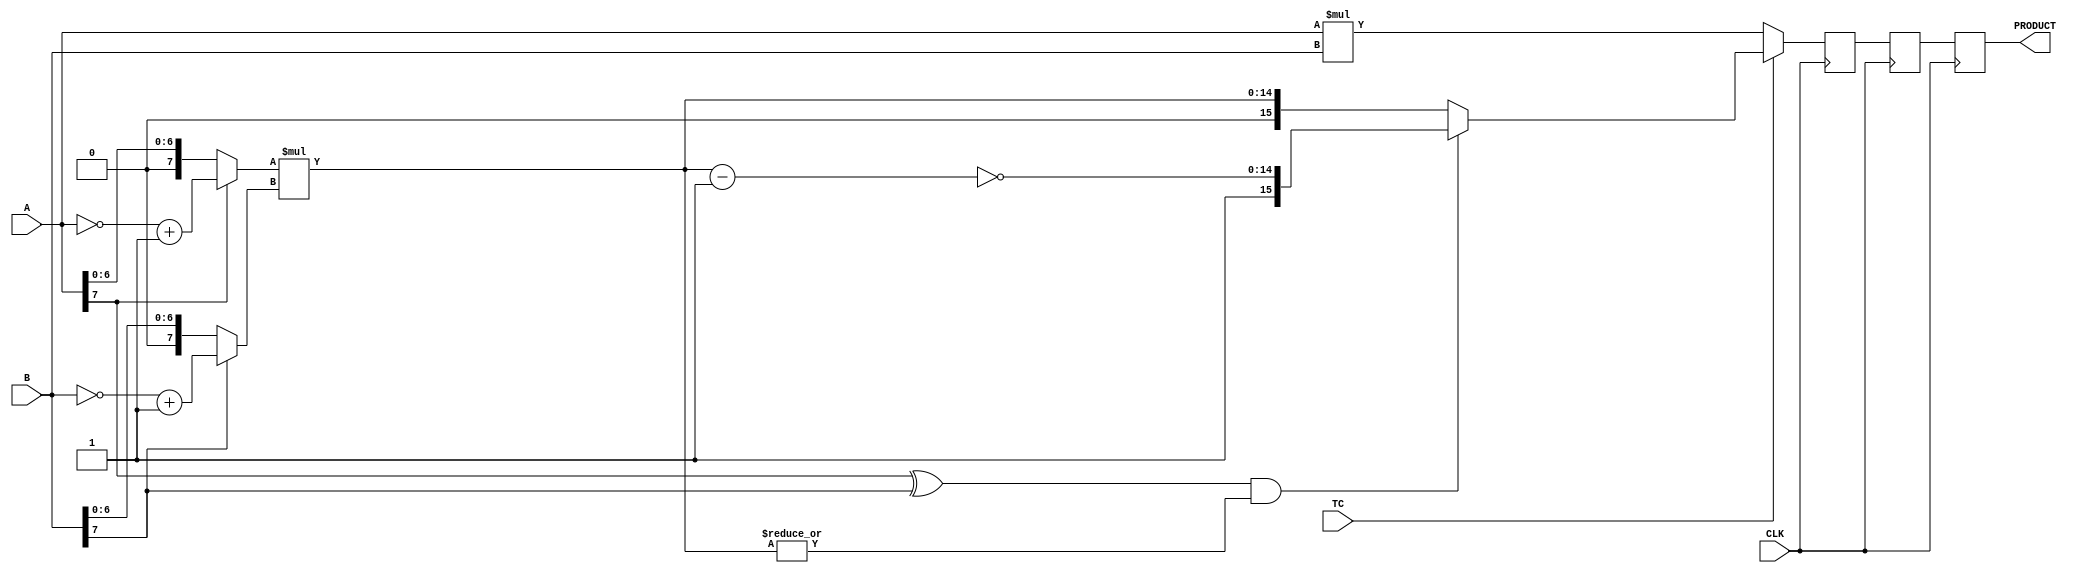
////////////////////////////////////////////////////////////////////////////////
//
//       This confidential and proprietary software may be used only
//     as authorized by a licensing agreement from Synopsys Inc.
//     In the event of publication, the following notice is applicable:
//
//                    (C) COPYRIGHT 1996 - 2023 SYNOPSYS INC.
//                           ALL RIGHTS RESERVED
//
//       The entire notice above must be reproduced on all authorized
//     copies.
//
//
// VERSION:   Simulation Architecture
//
// DesignWare_version: 60646476
// DesignWare_release: U-2022.12-DWBB_202212.5
//
////////////////////////////////////////////////////////////////////////////////
//-----------------------------------------------------------------------------------
//
// ABSTRACT:  Four-Stage Pipelined Multiplier
//           A_width-Bits * B_width-Bits => A_width+B_width Bits
//           Operands A and B can be either both signed (two's complement) or 
//	     both unsigned numbers. TC determines the coding of the input operands.
//           ie. TC = '1' => signed multiplication
//	         TC = '0' => unsigned multiplication
//
//
//            Move component from DW03 to DW02
//	Jay Zhu, Nov 29, 1999: remove unit delay and simplify procedures
//---------------------------------------------------------------------------------


module DW02_mult_4_stage(A,B,TC,CLK,PRODUCT);
parameter	integer A_width = 8;
parameter	integer B_width = 8;
input	[A_width-1:0]	A;
input	[B_width-1:0]	B;
input			TC,CLK;
output	[A_width+B_width-1:0]	PRODUCT;

reg	[A_width+B_width-1:0]	PRODUCT,product_piped1,product_piped2;
wire	[A_width+B_width-1:0]	pre_product;

wire	[A_width-1:0]	temp_a;
wire	[B_width-1:0]	temp_b;
wire	[A_width+B_width-2:0]	long_temp1,long_temp2;

assign	temp_a = (A[A_width-1])? (~A + 1'b1) : A;
assign	temp_b = (B[B_width-1])? (~B + 1'b1) : B;

assign	long_temp1 = temp_a * temp_b;
assign	long_temp2 = ~(long_temp1 - 1'b1);

assign	pre_product = (TC)? (((A[A_width-1] ^ B[B_width-1]) && (|long_temp1))?
				{1'b1,long_temp2} : {1'b0,long_temp1})
			: A * B;

always @ (posedge CLK)
begin
	product_piped1 <= pre_product;
	product_piped2 <= product_piped1;
        PRODUCT <= product_piped2;
end

endmodule